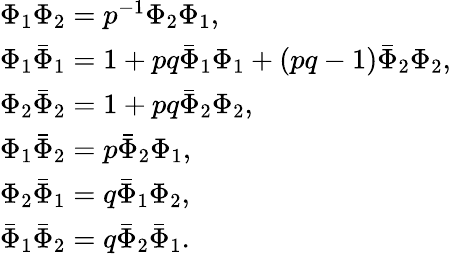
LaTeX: \begin{array}{l}{{\Phi_{1}\Phi_{2}=p^{-1}\Phi_{2}\Phi_{1},}}\\ {{\Phi_{1}\bar{\Phi}_{1}=1+pq\bar{\Phi}_{1}\Phi_{1}+(pq-1)\bar{\Phi}_{2}\Phi_{2},}}\\ {{\Phi_{2}\bar{\Phi}_{2}=1+pq\bar{\Phi}_{2}\Phi_{2},}}\\ {{\Phi_{1}\bar{\Phi}_{2}=p\bar{\Phi}_{2}\Phi_{1},}}\\ {{\Phi_{2}\bar{\Phi}_{1}=q\bar{\Phi}_{1}\Phi_{2},}}\\ {{\bar{\Phi}_{1}\bar{\Phi}_{2}=q\bar{\Phi}_{2}\bar{\Phi}_{1}.}}\end{array}